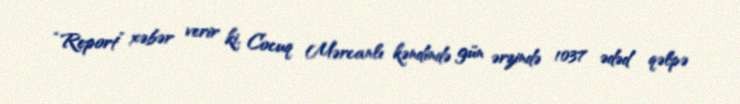
“Report” xəbər verir ki, Cocuq Mərcanlı kəndində gün ərzində 1037 ədəd qəlpə